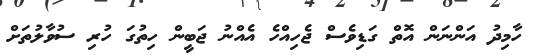
ހާމިދު އަންނަން އޮތް ގަޑިވެސް ޖެހިއްހެ އެއްނު ޖަބީން ހިތުގަ ހުރި ސުވާލުތަށް